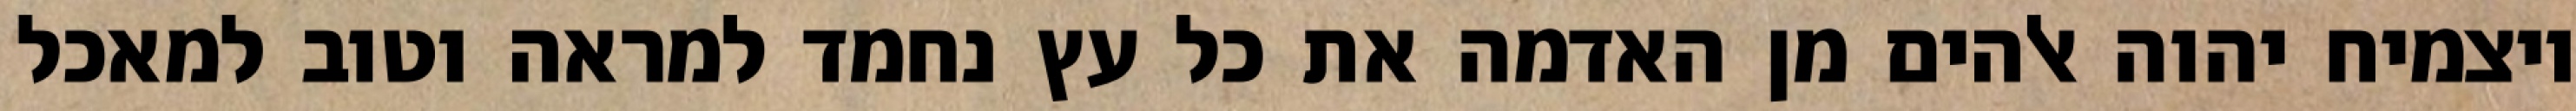
ויצמיח יהוה אלהים מן האדמה את כל עץ נחמד למראה וטוב למאכל